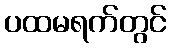
ပထမရက်တွင်